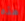
هذه